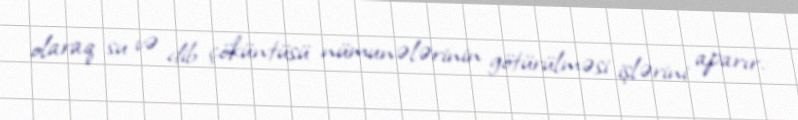
olaraq su və dib çöküntüsü nümunələrinin götürülməsi işlərini aparır.